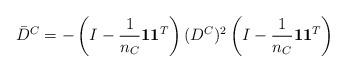
LaTeX: \begin{align*}\bar{D}^C = -\left(I-\frac{1}{n_C}\mathbf{1}\mathbf{1}^T\right)(D^C)^2\left(I-\frac{1}{n_C}\mathbf{1}\mathbf{1}^T\right) \end{align*}